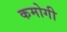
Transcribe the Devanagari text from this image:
कमोगी